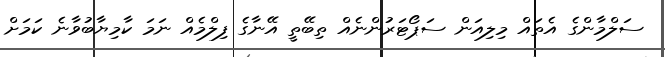
ސަލްމާންގެ އެތައް މިލިއަން ސަޕޯޓަރުންނެއް ތިބޭތީ އޭނާގެ ފިލްމެއް ނަމަ ކާމިޔާބުވާނެ ކަމަށް